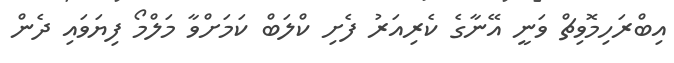
އިބްރަހިމޮވިޗް ވަނީ އޭނާގެ ކެރިއަރު ފެށި ކްލަބް ކަމަށްވާ މަލްމޯ ފިޔަވައި ދެން